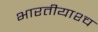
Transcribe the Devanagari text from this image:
भारतीयाश्च